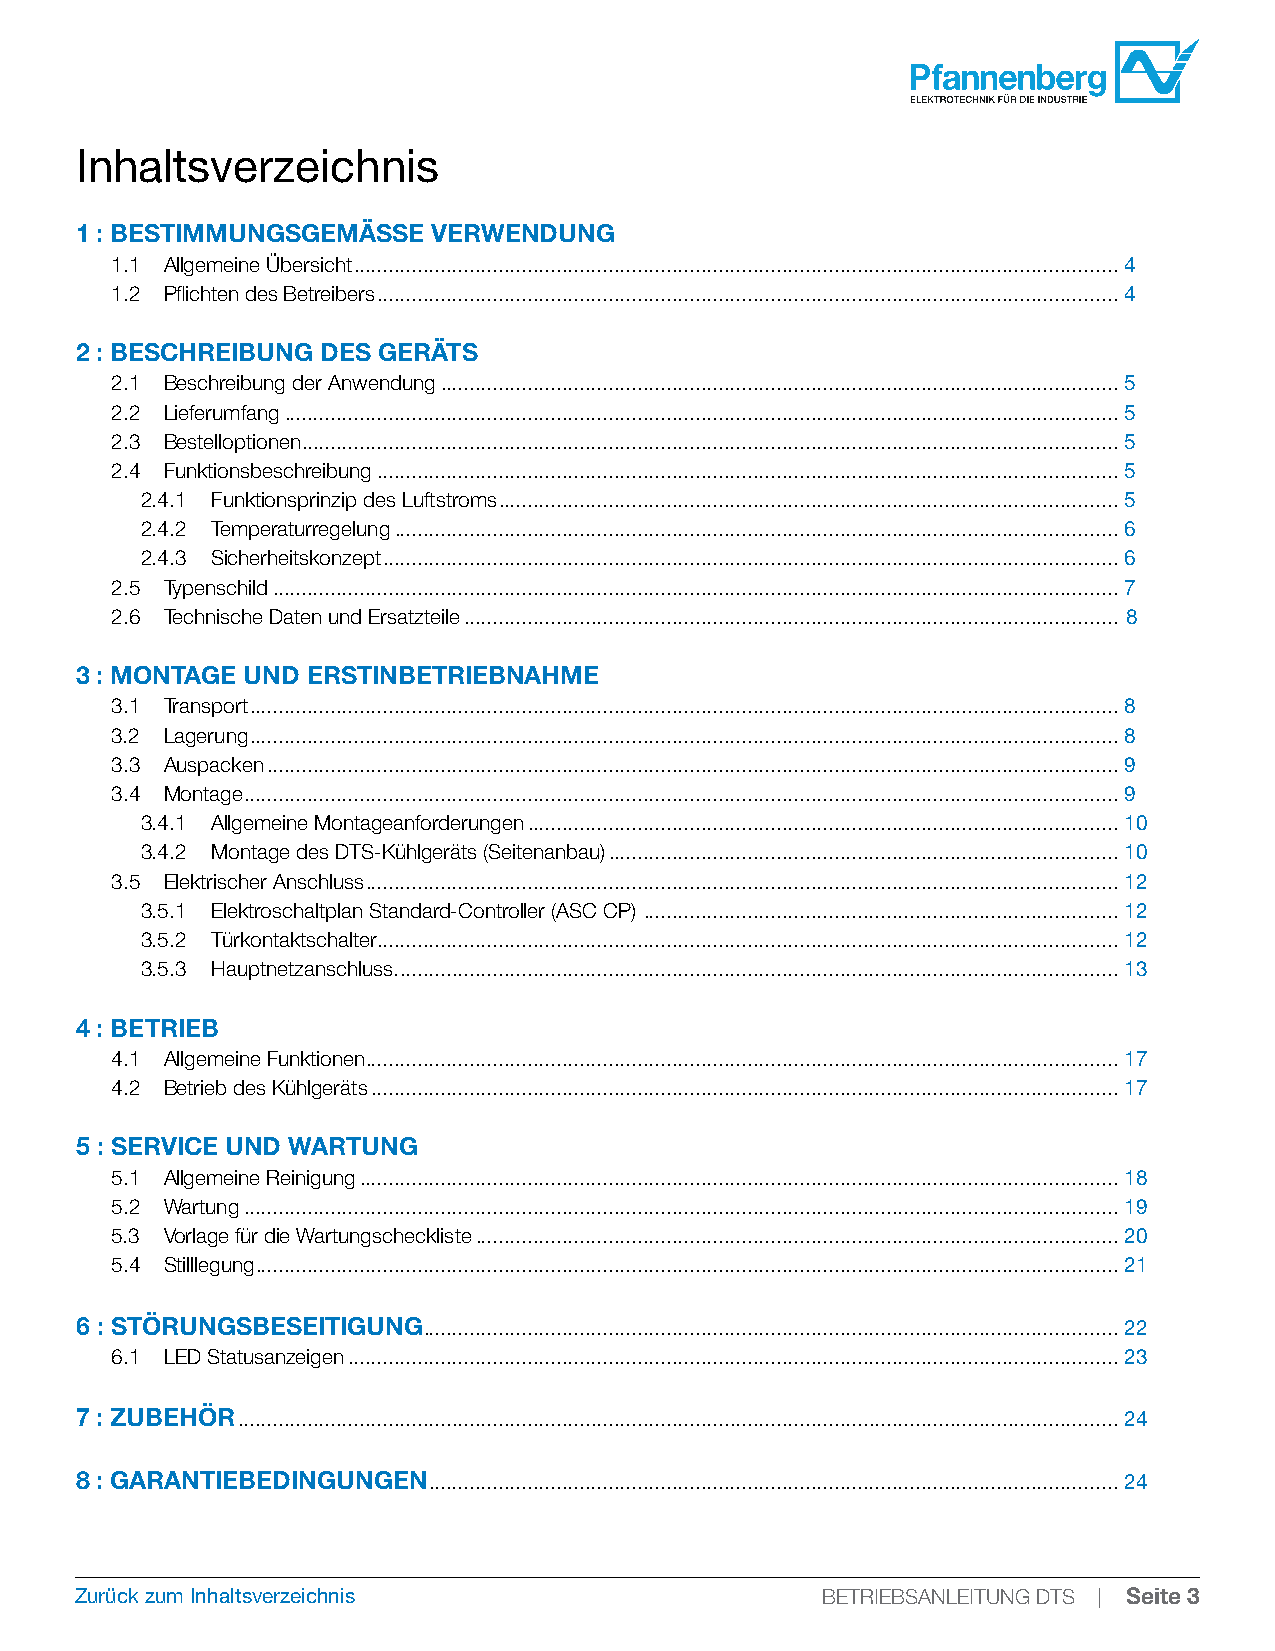
Inhaltsverzeichnis
 1 : BESTIMMUNGSGEMÄSSE  VERWENDUNG
 1.1 Allgemeine Übersicht ....................................................................................................................................4
 1.2 Pflichten des Betreibers ................................................................................................................................4
 2 : BESCHREIBUNG DES GERÄTS
 2.1 Beschreibung der Anwendung .....................................................................................................................5
 2.2 Lieferumfang ................................................................................................................................................5
 2.3 Bestelloptionen .............................................................................................................................................5
 2.4 Funktionsbeschreibung ................................................................................................................................5
 2.4.1 Funktionsprinzip des Luftstroms ...........................................................................................................5
 2.4.2 Temperaturregelung .............................................................................................................................6
 2.4.3 Sicherheitskonzept ...............................................................................................................................6
 2.5 Typenschild ..................................................................................................................................................7
 2.6 Technische Daten und Ersatzteile ................................................................................................................. 8
 3 : MONTAGE UND ERSTINBETRIEBNAHME
 3.1 Transport ......................................................................................................................................................8
 3.2 Lagerung ......................................................................................................................................................8
 3.3 Auspacken ...................................................................................................................................................9
 3.4 Montage .......................................................................................................................................................9
 3.4.1 Allgemeine Montageanforderungen ......................................................................................................10
 3.4.2 Montage des DTS-Kühlgeräts (Seitenanbau) ........................................................................................10
 3.5 Elektrischer Anschluss ..................................................................................................................................12
 3.5.1 Elektroschaltplan Standard-Controller (ASC CP) ..................................................................................12
 3.5.2 Türkontaktschalter ................................................................................................................................12
 3.5.3 Hauptnetzanschluss. ............................................................................................................................13
 4 : BETRIEB
 4.1 Allgemeine Funktionen ..................................................................................................................................17
 4.2 Betrieb des Kühlgeräts .................................................................................................................................17
 5 : SERVICE UND WARTUNG
 5.1 Allgemeine Reinigung ...................................................................................................................................18
 5.2 Wartung .......................................................................................................................................................19
 5.3 Vorlage für die Wartungscheckliste ...............................................................................................................20
 5.4 Stilllegung .....................................................................................................................................................21
 6 : STÖRUNGSBESEITIGUNG ........................................................................................................................22
 6.1 LED Statusanzeigen .....................................................................................................................................23
 7 : ZUBEHÖR ........................................................................................................................................................24
 8 : GARANTIEBEDINGUNGEN .......................................................................................................................24
 Zurück zum Inhaltsverzeichnis                    BETRIEBSANLEITUNG DTS | Seite 3